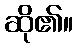
ဆို၏။